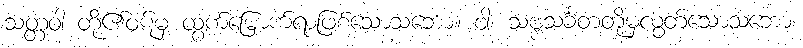
သတ္တဝါ တို့၏ဝဋ်မှ ထွက်မြောက်ရာဖြစ်သောသဘော။ ဝါ၊ သဗ္ဗသင်္ခတတို့မှလွတ်သောသဘော။